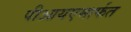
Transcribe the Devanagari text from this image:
पीआयएमार्फत